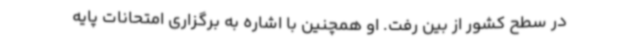
در سطح کشور از بین رفت. او همچنین با اشاره به برگزاری امتحانات پایه